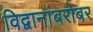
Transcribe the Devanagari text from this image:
विद्वानांबरोबर